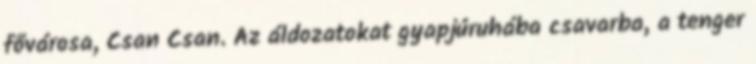
fővárosa, Csan Csan. Az áldozatokat gyapjúruhába csavarba, a tenger